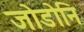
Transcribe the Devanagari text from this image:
जोडोनि